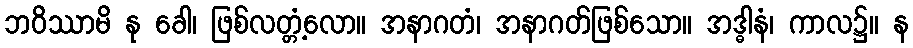
ဘဝိဿာမိ နု ခေါ၊ ဖြစ်လတ္တံ့လော။ အနာဂတံ၊ အနာဂတ်ဖြစ်သော။ အဒ္ဓါနံ၊ ကာလ၌။ န